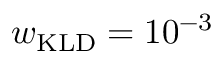
w _ { \mathrm { K L D } } = 1 0 ^ { - 3 }